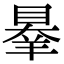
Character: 𦎝